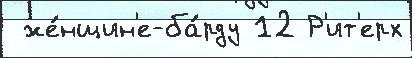
 же́нщин'е-ба́рду 12 Р'ит'ерх